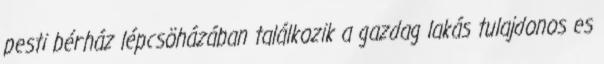
pesti bérház lépcsöházában találkozik a gazdag lakás tulajdonos es